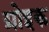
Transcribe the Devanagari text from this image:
ग्रोइक